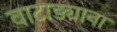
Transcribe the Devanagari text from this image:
वाटाड्याना